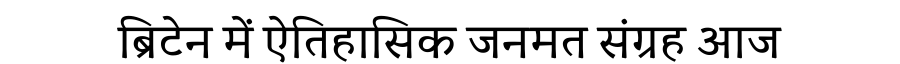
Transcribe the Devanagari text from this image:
ब्रिटेन में ऐतिहासिक जनमत संग्रह आज